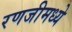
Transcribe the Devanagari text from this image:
रणजीमध्ये